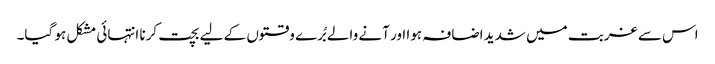
اس سے غربت میں شدید اضافہ ہوا اور آنے والے بُرے وقتوں کے لیے بچت کرنا انتہائی مشکل ہو گیا۔